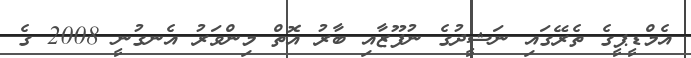
އެމްޑީޕީގެ ތެރޭގައި ނަޝީދުގެ ނުފޫޒާއި ބާރު އޮތް މިންވަރު އެނގުނީ 2008 ގެ